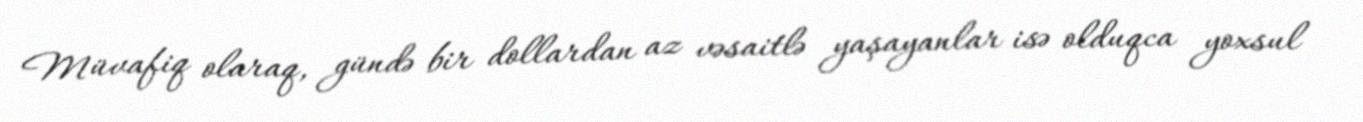
Müvafiq olaraq, gündə bir dollardan az vəsaitlə yaşayanlar isə olduqca yoxsul